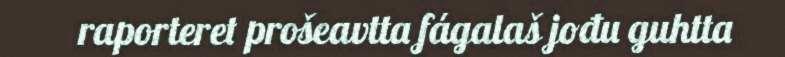
raporteret prošeavtta fágalaš jođu guhtta